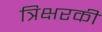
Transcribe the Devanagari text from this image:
त्रिक्षरकी